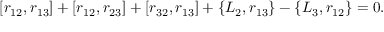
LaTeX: [ r _ { 1 2 } , r _ { 1 3 } ] + [ r _ { 1 2 } , r _ { 2 3 } ] + [ r _ { 3 2 } , r _ { 1 3 } ] + \{ L _ { 2 } , r _ { 1 3 } \} - \{ L _ { 3 } , r _ { 1 2 } \} = 0 .